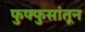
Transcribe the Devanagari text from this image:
फुफ्फुसांतून